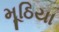
મૂઠિયા